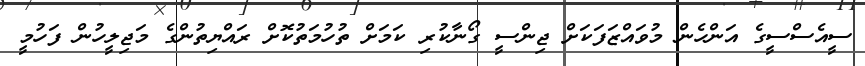
ސީއެސްސީގެ އަންހެން މުވައްޒަފަކަށް ޖިންސީ ގޯނާކުރި ކަމަށް ތުހުމަތުކޮށް ރައްޔިތުންގެ މަޖިލީހުން ފަހުމީ